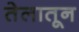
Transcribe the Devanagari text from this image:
तेलातून